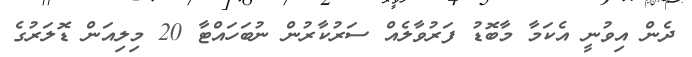
ދެން އިވުނީ އެކަމާ މާބޮޑު ފަރުވާލެއް ސަރުކާރުން ނުބަހައްޓާ 20 މިލިއަން ޑޮލަރުގެ